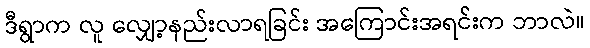
ဒီရွာက လူ လျှော့နည်းလာရခြင်း အကြောင်းအရင်းက ဘာလဲ။